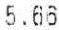
5.66